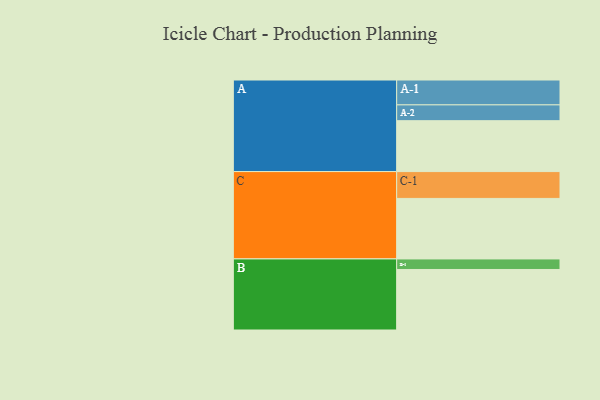
{"axis": {"x": "Segment", "y": "Value"}, "legend": ["", "A", "B", "C"], "data": [{"x": "A", "y": 444, "type": ""}, {"x": "B", "y": 528, "type": ""}, {"x": "C", "y": 528, "type": ""}, {"x": "A-1", "y": 217, "type": "A"}, {"x": "A-2", "y": 138, "type": "A"}, {"x": "B-1", "y": 92, "type": "B"}, {"x": "C-1", "y": 234, "type": "C"}]}